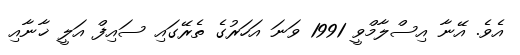
އެވެ. އޭނާ އިސްލާމްވީ 1991 ވަނަ އަހަރުގެ ތެރޭގައި ސައިފް އަލީ ޚާނާއި